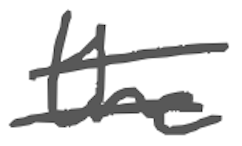
Text: the
Cross-out: double-line
Writing tool: digital_gray